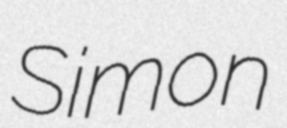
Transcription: Simon